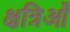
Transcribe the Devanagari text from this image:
क्षत्रिऑँ